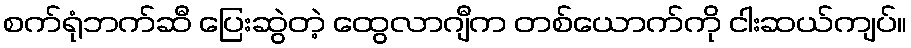
စက်ရုံဘက်ဆီ ပြေးဆွဲတဲ့ ထွေလာဂျီက တစ်ယောက်ကို ငါးဆယ်ကျပ်။